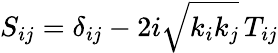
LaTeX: S_{ij}=\delta_{ij}-2i\sqrt{k_{i}k_{j}}\, T_{ij}